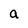
Character: a